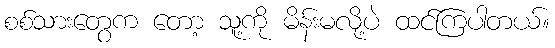
စစ်သားတွေက တော့ သူ့ကို မိန်းမလို့ပဲ ထင်ကြပါတယ်။